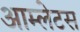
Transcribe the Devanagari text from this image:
आम्लेटस